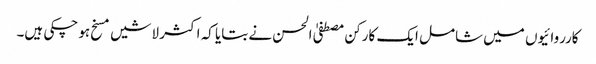
کارروائیوں میں شامل ایک کارکن مصطفیٰ الحسن نے بتایا کہ اکثر لاشیں مسخ ہو چکی ہیں۔